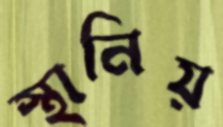
স্থানিয়